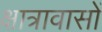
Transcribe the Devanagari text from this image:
क्षात्रावासों